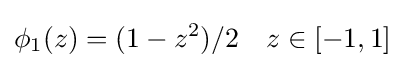
\phi _{1}(z)=(1-z^{2})/2\quad z\in [-1,1]